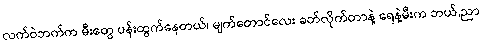
လက်ဝဲဘက်က မီးတွေ ပန်းထွက်နေတယ်၊ မျက်တောင်လေး ခတ်လိုက်တာနဲ့ ရေနဲ့မီးက ဘယ်,ညာ